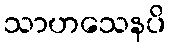
သာဟသေနပိ